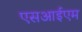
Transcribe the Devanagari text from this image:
एसआईएम